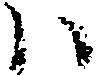
ハ